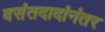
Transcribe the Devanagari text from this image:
वसंतदादांनंतर